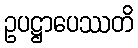
ဥပဋ္ဌာပေဿတိ